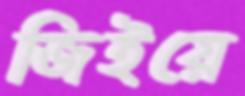
জিইয়ে